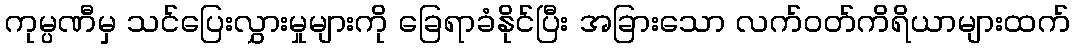
ကုမ္ပဏီမှ သင်ပြေးလွှားမှုများကို ခြေရာခံနိုင်ပြီး အခြားသော လက်ဝတ်ကိရိယာများထက်